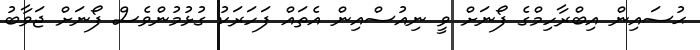
ޙުސައިން އިބްރާހިމްގެ ފޯނަށް ވީ ނިއުސްއިން އެތައް ފަހަރަކު ގުޅުމުންވެސް ފޯނަށް ޖަވާބު